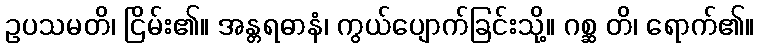
ဥပသမတိ၊ ငြိမ်း၏။ အန္တရဓာနံ၊ ကွယ်ပျောက်ခြင်းသို့။ ဂစ္ဆ တိ၊ ရောက်၏။